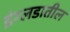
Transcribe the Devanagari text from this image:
इंग्लडातील